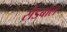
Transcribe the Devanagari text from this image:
सैंडबॉल